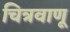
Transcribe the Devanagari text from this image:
चित्रवाणू